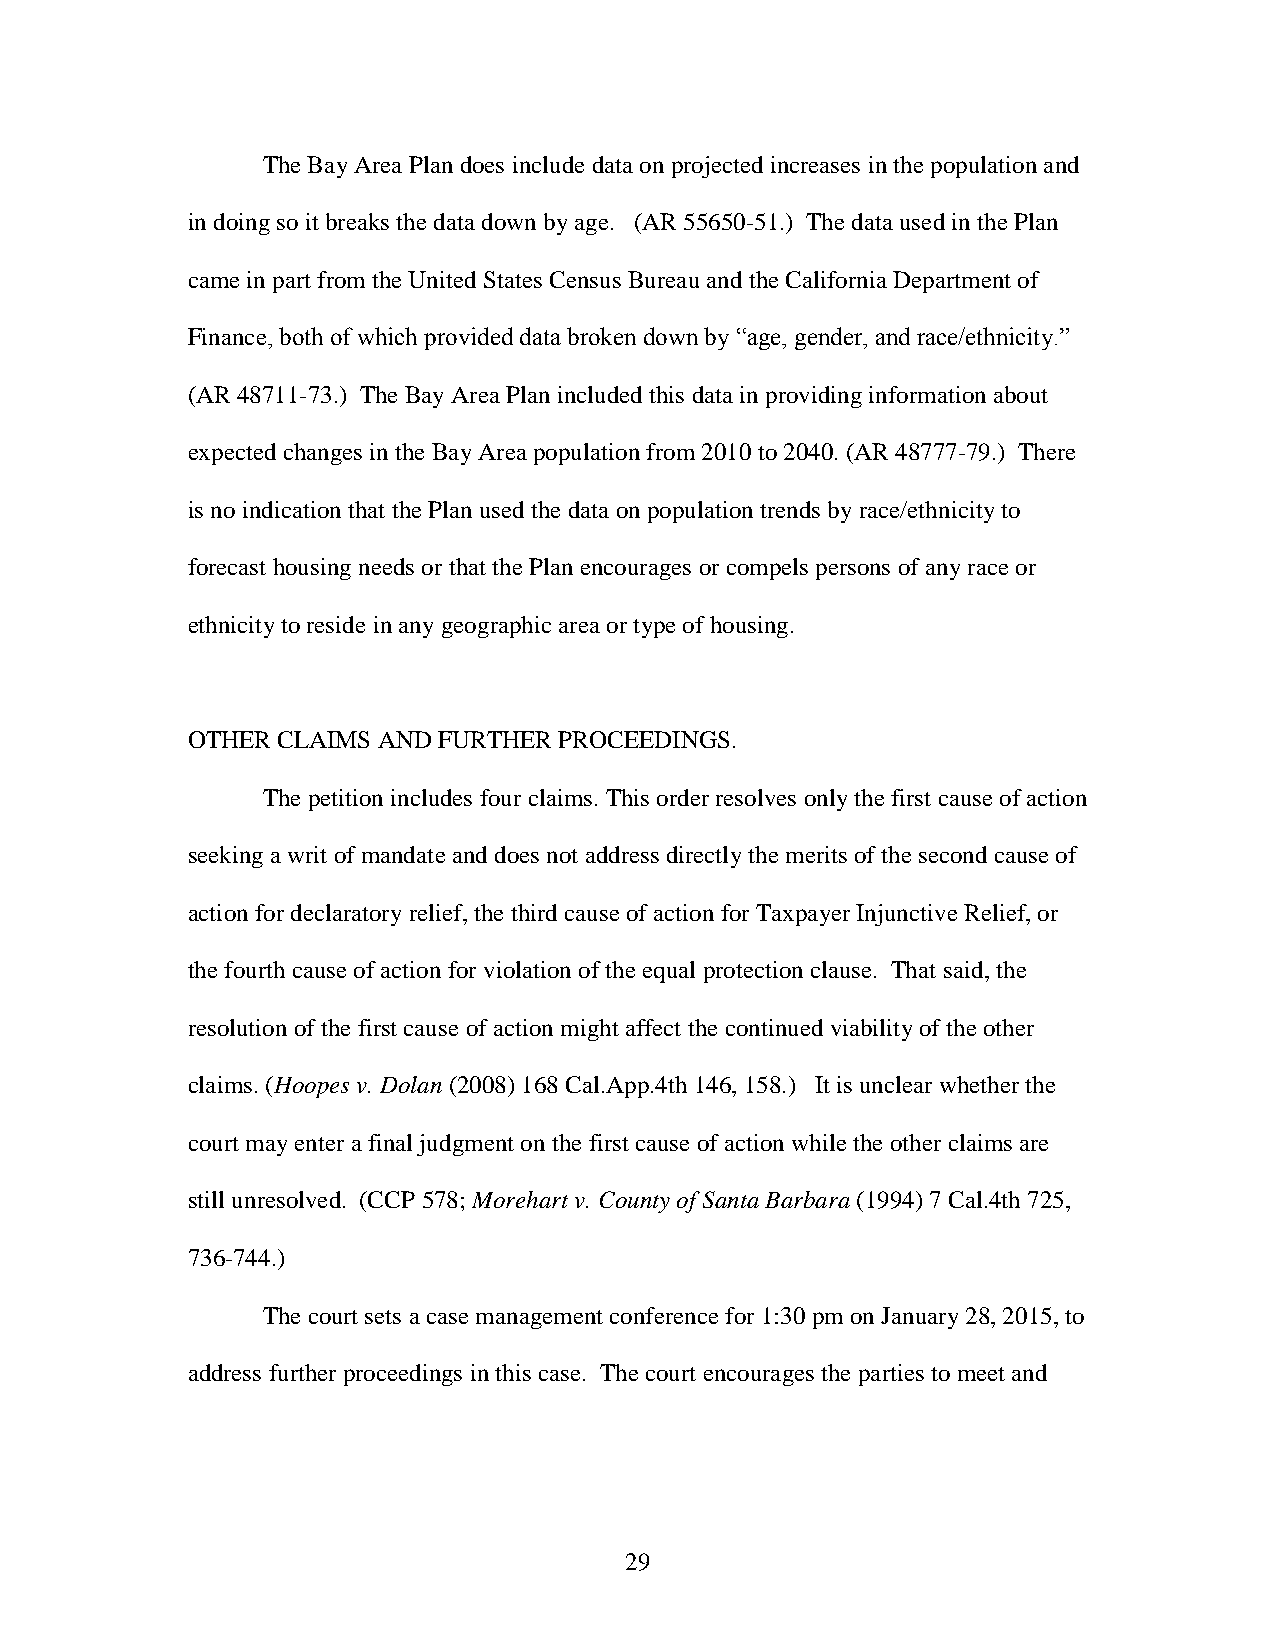
The Bay Area Plan does include data on projected increases in the population and
 in doing so it breaks the data down by age. (AR 55650-51.) The data used in the Plan
 came in part from the United States Census Bureau and the California Department of
 Finance, both of which provided data broken down by “age, gender, and race/ethnicity.”
 (AR 48711-73.) The Bay Area Plan included this data in providing information about
 expected changes in the Bay Area population from 2010 to 2040. (AR 48777-79.) There
 is no indication that the Plan used the data on population trends by race/ethnicity to
 forecast housing needs or that the Plan encourages or compels persons of any race or
 ethnicity to reside in any geographic area or type of housing.
 OTHER CLAIMS AND FURTHER PROCEEDINGS.
 The petition includes four claims. This order resolves only the first cause of action
 seeking a writ of mandate and does not address directly the merits of the second cause of
 action for declaratory relief, the third cause of action for Taxpayer Injunctive Relief, or
 the fourth cause of action for violation of the equal protection clause. That said, the
 resolution of the first cause of action might affect the continued viability of the other
 claims. (Hoopes v. Dolan (2008) 168 Cal.App.4th 146, 158.) It is unclear whether the
 court may enter a final judgment on the first cause of action while the other claims are
 still unresolved. (CCP 578; Morehart v. County of Santa Barbara (1994) 7 Cal.4th 725,
 736-744.)
 The court sets a case management conference for 1:30 pm on January 28, 2015, to
 address further proceedings in this case. The court encourages the parties to meet and
 29